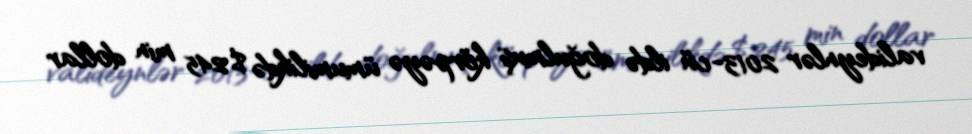
valideynlər 2013-cü ildə doğulmuş körpəyə ümumilikdə $245 min dollar